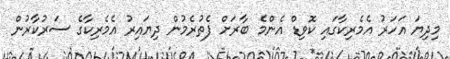
މިދިޔަ އަހަރު އެމެރިކާގައި ކޮވިޑް އެންމެ ބާރަށް ފެތުރެމުން ދިޔައިރު އެމެރިކާގެ ސަރުކާރުން